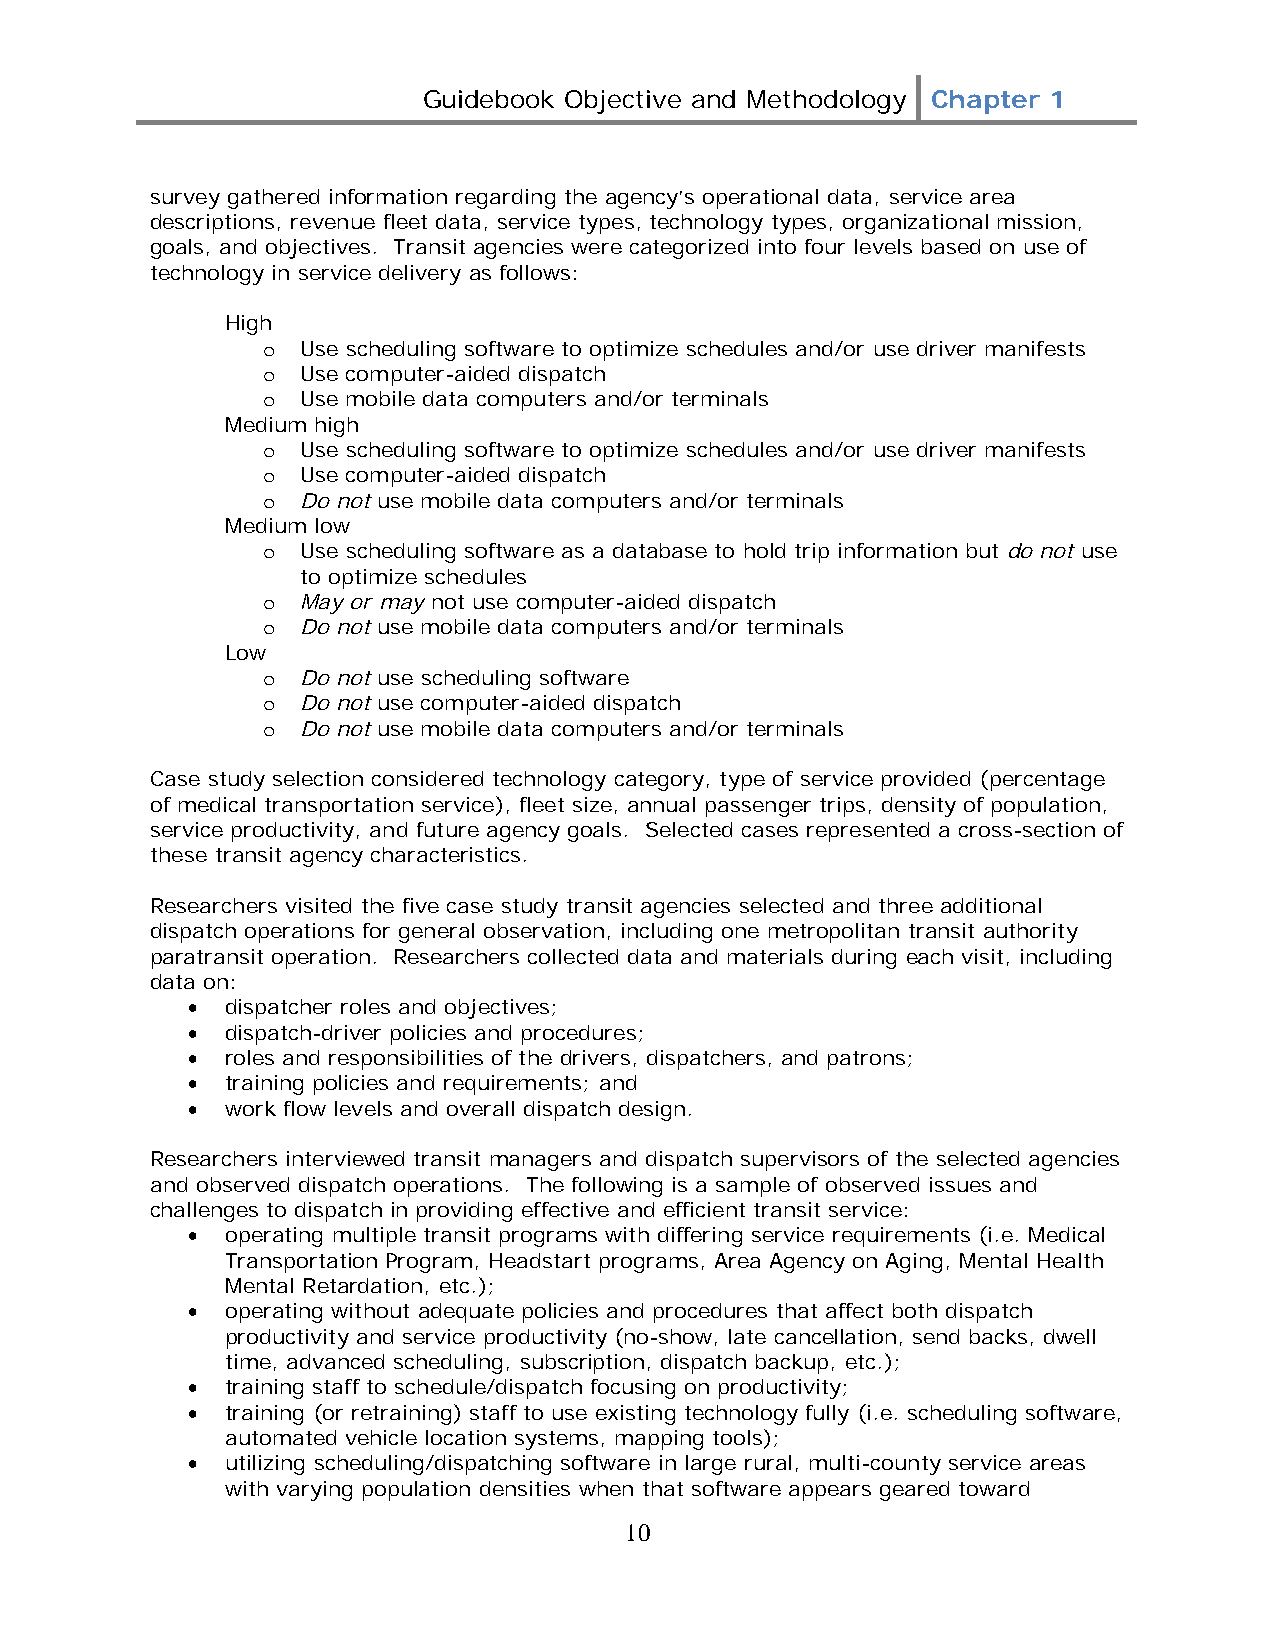
Guidebook Objective and Methodology Chapter 1
 survey gathered information regarding the agency’s operational data, service area
 descriptions, revenue fleet data, service types, technology types, organizational mission,
 goals, and objectives. Transit agencies were categorized into four levels based on use of
 technology in service delivery as follows:
 High
 o  Use scheduling software to optimize schedules and/or use driver manifests
 o  Use computer-aided dispatch
 o  Use mobile data computers and/or terminals
 Medium high
 o  Use scheduling software to optimize schedules and/or use driver manifests
 o  Use computer-aided dispatch
 o  Do not use mobile data computers and/or terminals
 Medium low
 o  Use scheduling software as a database to hold trip information but do not use
 to optimize schedules
 o  May or may not use computer-aided dispatch
 o  Do not use mobile data computers and/or terminals
 Low
 o  Do not use scheduling software
 o  Do not use computer-aided dispatch
 o  Do not use mobile data computers and/or terminals
 Case study selection considered technology category, type of service provided (percentage
 of medical transportation service), fleet size, annual passenger trips, density of population,
 service productivity, and future agency goals. Selected cases represented a cross-section of
 these transit agency characteristics.
 Researchers visited the five case study transit agencies selected and three additional
 dispatch operations for general observation, including one metropolitan transit authority
 paratransit operation. Researchers collected data and materials during each visit, including
 data on:
 •  dispatcher roles and objectives;
 •  dispatch-driver policies and procedures;
 •  roles and responsibilities of the drivers, dispatchers, and patrons;
 •  training policies and requirements; and
 •  work flow levels and overall dispatch design.
 Researchers interviewed transit managers and dispatch supervisors of the selected agencies
 and observed dispatch operations. The following is a sample of observed issues and
 challenges to dispatch in providing effective and efficient transit service:
 •  operating multiple transit programs with differing service requirements (i.e. Medical
 Transportation Program, Headstart programs, Area Agency on Aging, Mental Health
 Mental Retardation, etc.);
 •  operating without adequate policies and procedures that affect both dispatch
 productivity and service productivity (no-show, late cancellation, send backs, dwell
 time, advanced scheduling, subscription, dispatch backup, etc.);
 •  training staff to schedule/dispatch focusing on productivity;
 •  training (or retraining) staff to use existing technology fully (i.e. scheduling software,
 automated vehicle location systems, mapping tools);
 •  utilizing scheduling/dispatching software in large rural, multi-county service areas
 with varying population densities when that software appears geared toward
 10